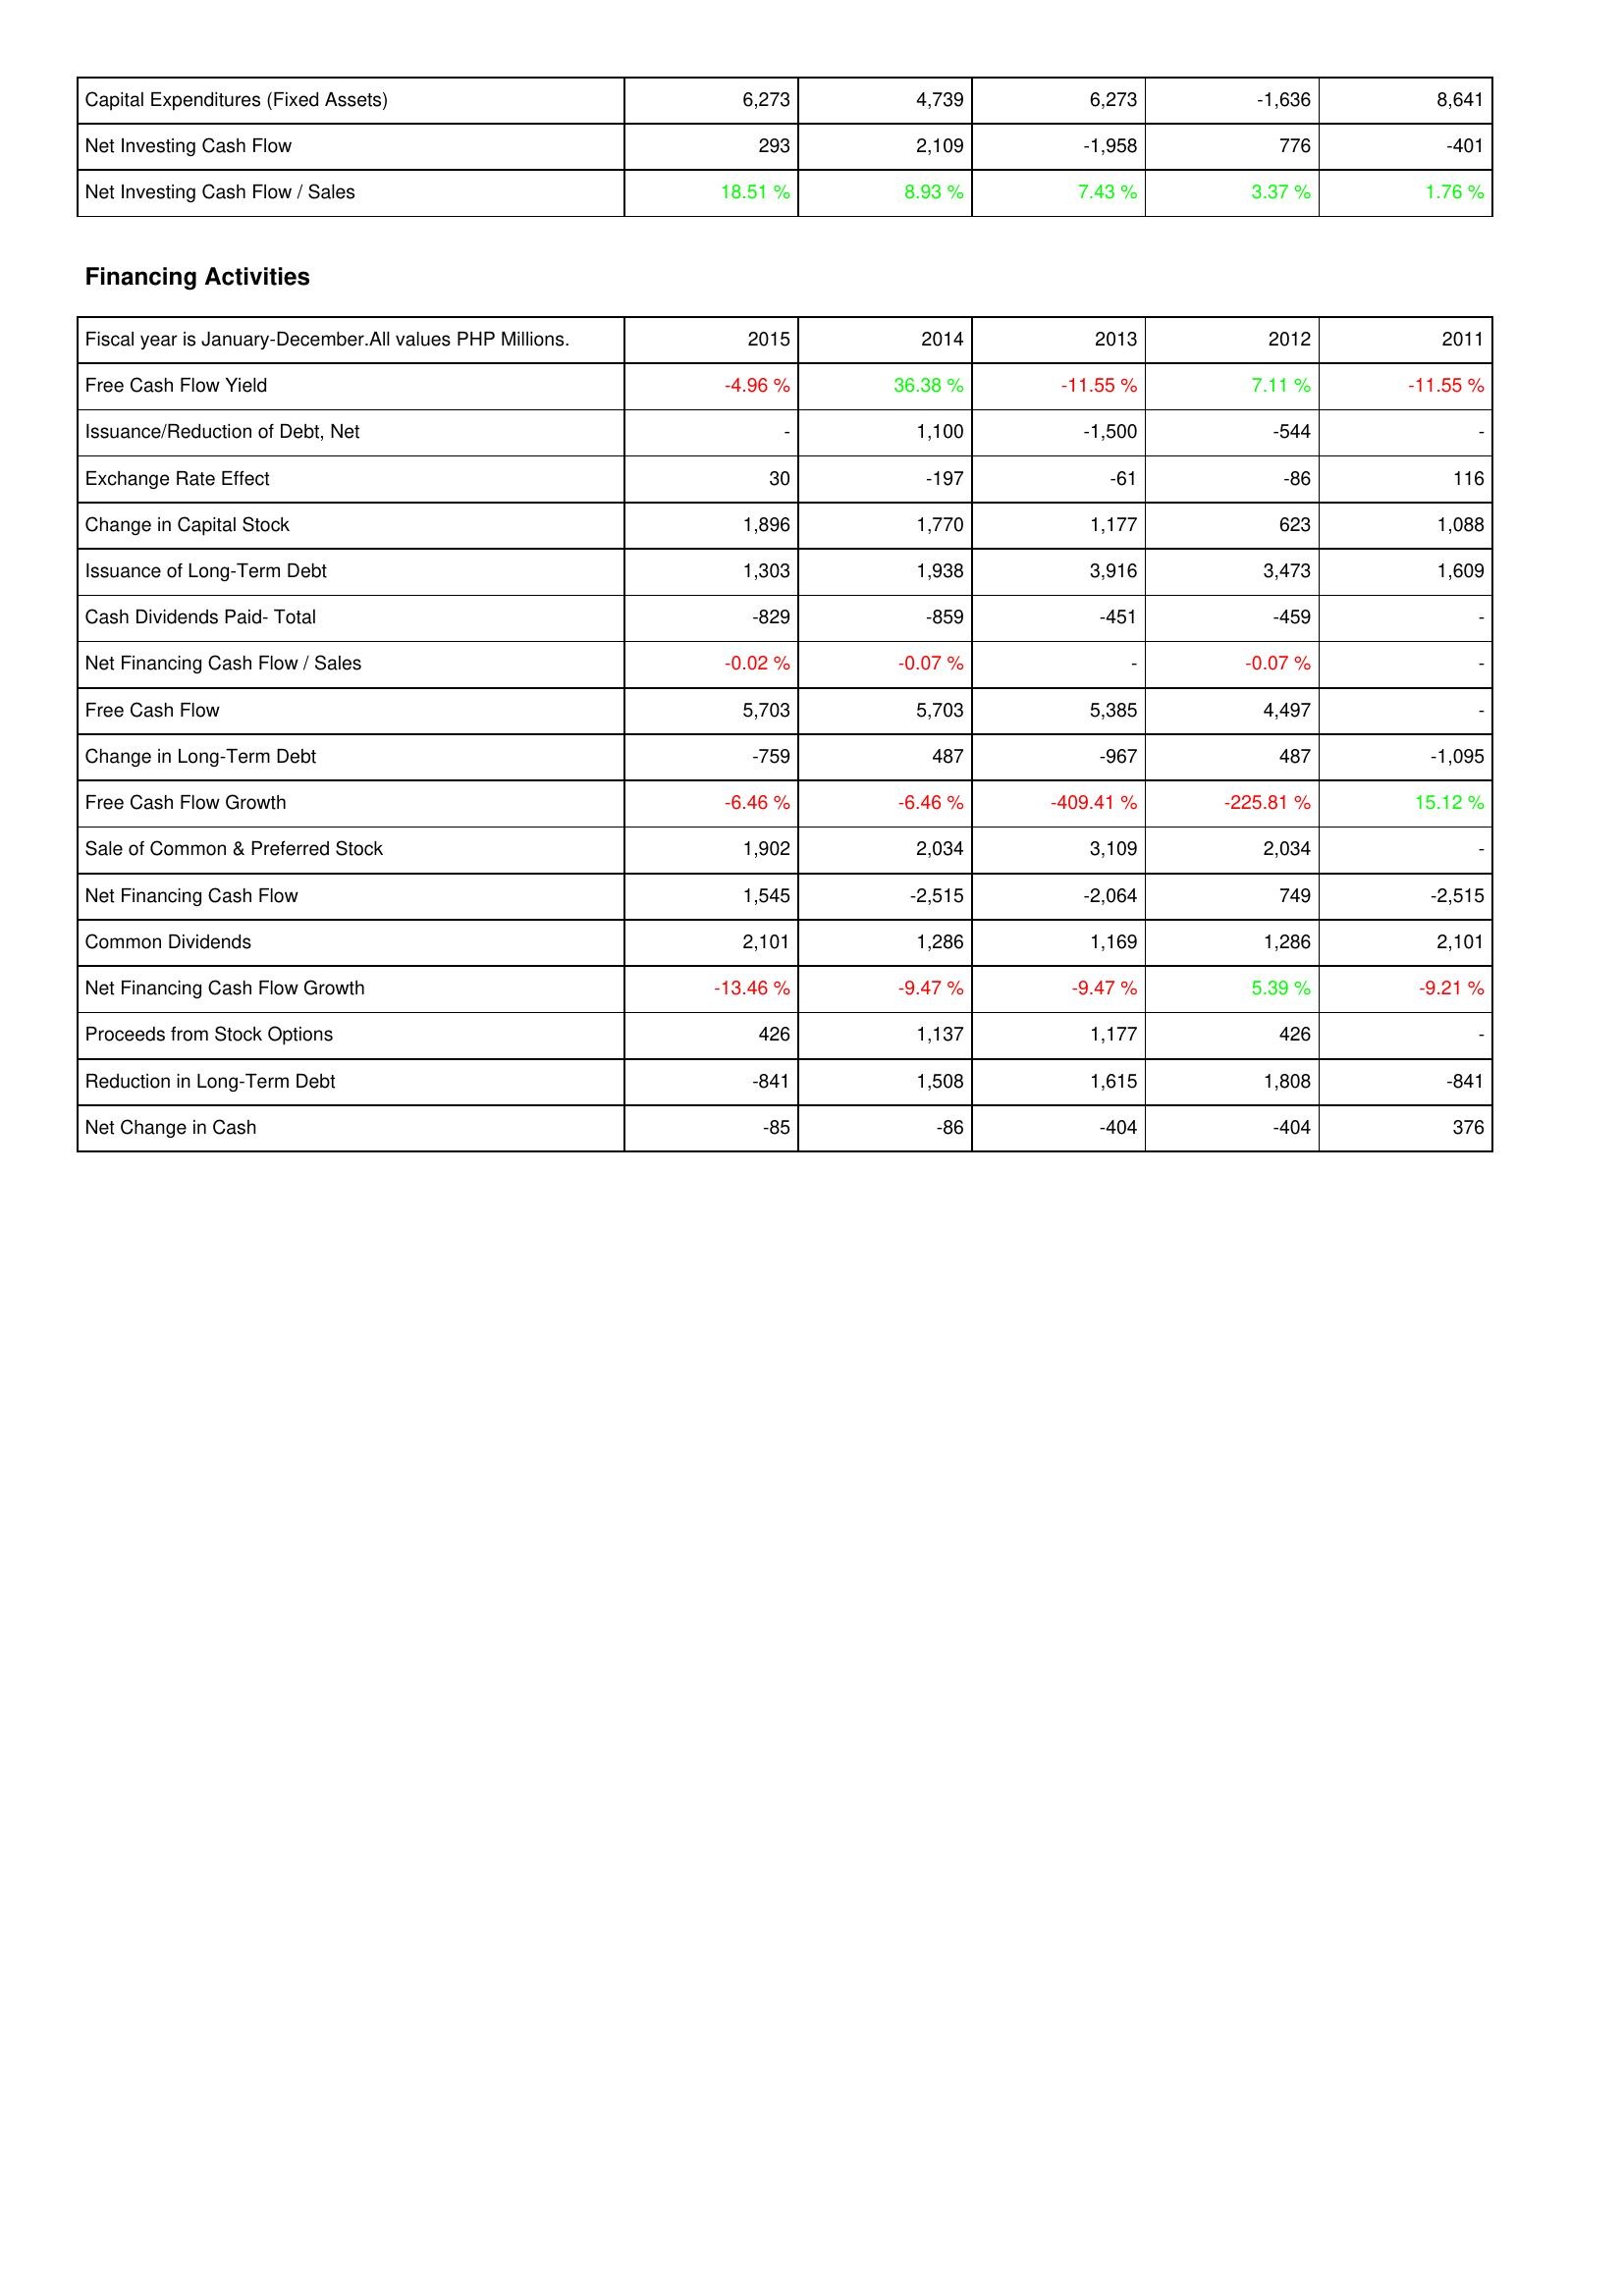
2015: Investing Activities: Capital Expenditures (Fixed Assets): 6,273
Net Investing Cash Flow: 293
Net Investing Cash Flow / Sales: 18.51 %
Financing Activities: Free Cash Flow Yield: -4.96 %
Issuance/Reduction of Debt, Net: -
Exchange Rate Effect: 30
Change in Capital Stock: 1,896
Issuance of Long-Term Debt: 1,303
Cash Dividends Paid- Total: -829
Net Financing Cash Flow / Sales: -0.02 %
Free Cash Flow: 5,703
Change in Long-Term Debt: -759
Free Cash Flow Growth: -6.46 %
Sale of Common & Preferred Stock: 1,902
Net Financing Cash Flow: 1,545
Common Dividends: 2,101
Net Financing Cash Flow Growth: -13.46 %
Proceeds from Stock Options: 426
Reduction in Long-Term Debt: -841
Net Change in Cash: -85
2014: Investing Activities: Capital Expenditures (Fixed Assets): 4,739
Net Investing Cash Flow: 2,109
Net Investing Cash Flow / Sales: 8.93 %
Financing Activities: Free Cash Flow Yield: 36.38 %
Issuance/Reduction of Debt, Net: 1,100
Exchange Rate Effect: -197
Change in Capital Stock: 1,770
Issuance of Long-Term Debt: 1,938
Cash Dividends Paid- Total: -859
Net Financing Cash Flow / Sales: -0.07 %
Free Cash Flow: 5,703
Change in Long-Term Debt: 487
Free Cash Flow Growth: -6.46 %
Sale of Common & Preferred Stock: 2,034
Net Financing Cash Flow: -2,515
Common Dividends: 1,286
Net Financing Cash Flow Growth: -9.47 %
Proceeds from Stock Options: 1,137
Reduction in Long-Term Debt: 1,508
Net Change in Cash: -86
2013: Investing Activities: Capital Expenditures (Fixed Assets): 6,273
Net Investing Cash Flow: -1,958
Net Investing Cash Flow / Sales: 7.43 %
Financing Activities: Free Cash Flow Yield: -11.55 %
Issuance/Reduction of Debt, Net: -1,500
Exchange Rate Effect: -61
Change in Capital Stock: 1,177
Issuance of Long-Term Debt: 3,916
Cash Dividends Paid- Total: -451
Net Financing Cash Flow / Sales: -
Free Cash Flow: 5,385
Change in Long-Term Debt: -967
Free Cash Flow Growth: -409.41 %
Sale of Common & Preferred Stock: 3,109
Net Financing Cash Flow: -2,064
Common Dividends: 1,169
Net Financing Cash Flow Growth: -9.47 %
Proceeds from Stock Options: 1,177
Reduction in Long-Term Debt: 1,615
Net Change in Cash: -404
2012: Investing Activities: Capital Expenditures (Fixed Assets): -1,636
Net Investing Cash Flow: 776
Net Investing Cash Flow / Sales: 3.37 %
Financing Activities: Free Cash Flow Yield: 7.11 %
Issuance/Reduction of Debt, Net: -544
Exchange Rate Effect: -86
Change in Capital Stock: 623
Issuance of Long-Term Debt: 3,473
Cash Dividends Paid- Total: -459
Net Financing Cash Flow / Sales: -0.07 %
Free Cash Flow: 4,497
Change in Long-Term Debt: 487
Free Cash Flow Growth: -225.81 %
Sale of Common & Preferred Stock: 2,034
Net Financing Cash Flow: 749
Common Dividends: 1,286
Net Financing Cash Flow Growth: 5.39 %
Proceeds from Stock Options: 426
Reduction in Long-Term Debt: 1,808
Net Change in Cash: -404
2011: Investing Activities: Capital Expenditures (Fixed Assets): 8,641
Net Investing Cash Flow: -401
Net Investing Cash Flow / Sales: 1.76 %
Financing Activities: Free Cash Flow Yield: -11.55 %
Issuance/Reduction of Debt, Net: -
Exchange Rate Effect: 116
Change in Capital Stock: 1,088
Issuance of Long-Term Debt: 1,609
Cash Dividends Paid- Total: -
Net Financing Cash Flow / Sales: -
Free Cash Flow: -
Change in Long-Term Debt: -1,095
Free Cash Flow Growth: 15.12 %
Sale of Common & Preferred Stock: -
Net Financing Cash Flow: -2,515
Common Dividends: 2,101
Net Financing Cash Flow Growth: -9.21 %
Proceeds from Stock Options: -
Reduction in Long-Term Debt: -841
Net Change in Cash: 376